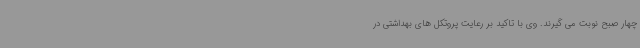
چهار صبح نوبت می گیرند. وی با تاکید بر رعایت پروتکل های بهداشتی در